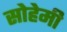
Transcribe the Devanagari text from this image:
सोहेमी